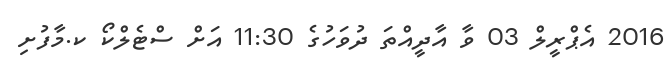
2016 އެޕްރީލް 03 ވާ އާދީއްތަ ދުވަހުގެ 11:30 އަށް ސްޓެލްކޯ ކ.މާފުށި